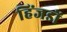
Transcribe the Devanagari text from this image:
हिंजडों